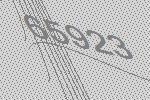
65923